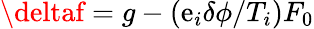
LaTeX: \deltaf=g-(\mathrm{e}_{i}\delta\phi/T_{i})F_{0}